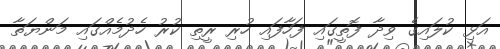
އަޅި ކުލައިގެ ވިދާ ފޮތީގައި ފަހާފައި ހުރި ރީތި ކުރު ހެދުމެއްގައި މަންޔަތާ